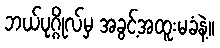
ဘယ်ပုဂ္ဂိုလ်မှ အခွင့်အထူးမခံနဲ့။